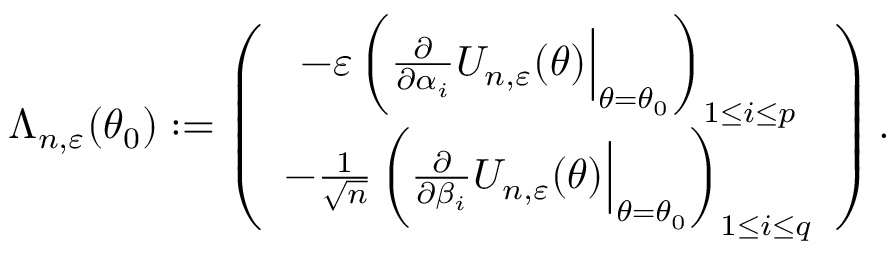
\Lambda _ { n , \varepsilon } ( \theta _ { 0 } ) : = \left( \begin{array} { c c } { - \varepsilon \left( \frac { \partial } { \partial \alpha _ { i } } U _ { n , \varepsilon } ( \theta ) \Big | _ { \theta = \theta _ { 0 } } \right) _ { 1 \leq i \leq p } } \\ { - \frac { 1 } { \sqrt { n } } \left( \frac { \partial } { \partial \beta _ { i } } U _ { n , \varepsilon } ( \theta ) \Big | _ { \theta = \theta _ { 0 } } \right) _ { 1 \leq i \leq q } } \end{array} \right) .